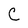
Character: C